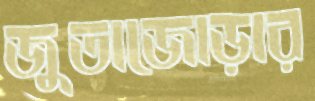
জুতাজোড়ার